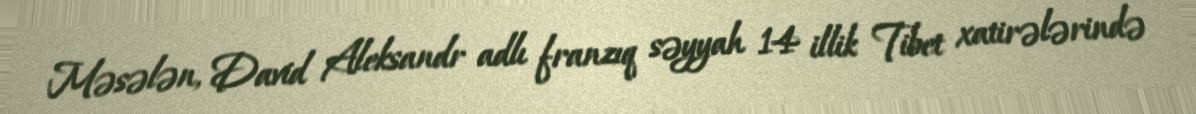
Məsələn, David Aleksandr adlı franzıq səyyah 14 illik Tibet xatirələrində